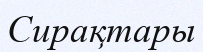
Сирақтары